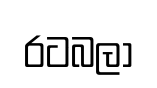
රටබලා